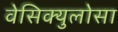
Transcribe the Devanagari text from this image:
वेसिक्युलोसा